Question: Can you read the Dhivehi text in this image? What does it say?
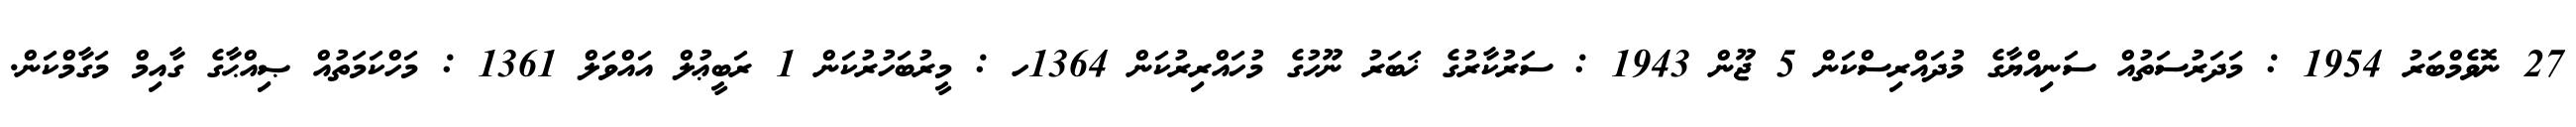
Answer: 27 ނޮވެމްބަރު 1954 : މަދަރުސަތުއް ސަނިއްޔާގެ މުދައްރިސްކަން 5 ޖޫން 1943 : ސަރުކާރުގެ ޚަބަރު ނޫހުގެ މުހައްރިރުކަން 1364ހ : މީރުބަހުރުކަން 1 ރަބީޢުލް އައްވަލް 1361 : މަހްކަމަތުއް ޞިއްޙާގެ ގާއިމް މަގާމްކަން.